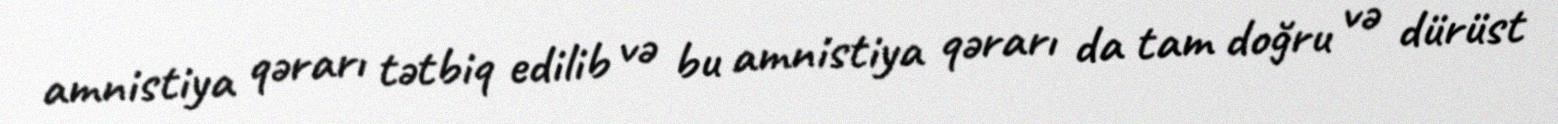
amnistiya qərarı tətbiq edilib və bu amnistiya qərarı da tam doğru və dürüst